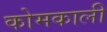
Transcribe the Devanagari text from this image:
कोमकाली